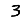
Digit: 3